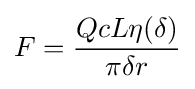
F={\frac {QcL\eta (\delta )}{\pi \delta r}}